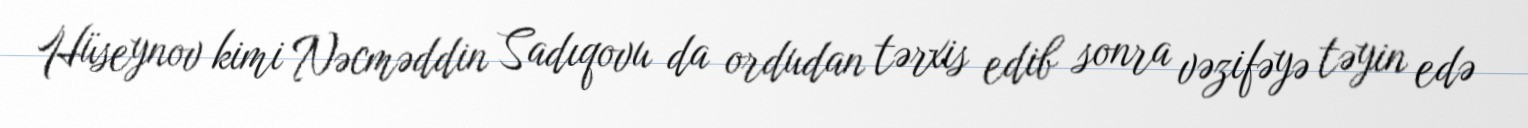
Hüseynov kimi Nəcməddin Sadıqovu da ordudan tərxis edib sonra vəzifəyə təyin edə